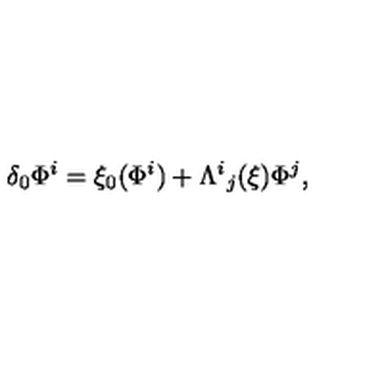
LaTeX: \delta _ { 0 } \Phi ^ { i } = \xi _ { 0 } ( \Phi ^ { i } ) + \Lambda ^ { i } { } _ { j } ( \xi ) \Phi ^ { j } ,